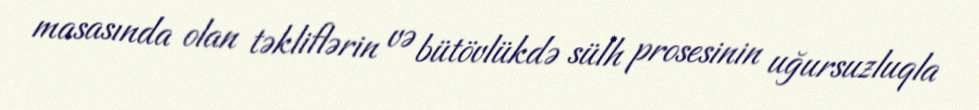
masasında olan təkliflərin və bütövlükdə sülh prosesinin uğursuzluqla